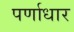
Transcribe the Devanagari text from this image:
पर्णाधार